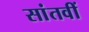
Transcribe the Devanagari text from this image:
सांतवीं